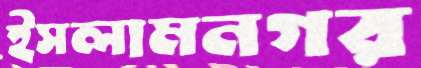
ইসলামনগর